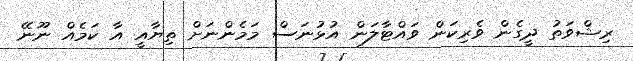
ރިޝްވަތު ދީގެން ވެރިކަން ވައްޓާލަން އުޅުނަސް މަމެންނަށް ތިޔާއީ އާ ކަމެއް ނޫނޭ